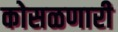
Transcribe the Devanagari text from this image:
कोसळणारी